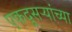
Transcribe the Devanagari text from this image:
एकदुसऱ्यांच्या